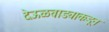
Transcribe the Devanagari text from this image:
देऊळवाड्याकडून